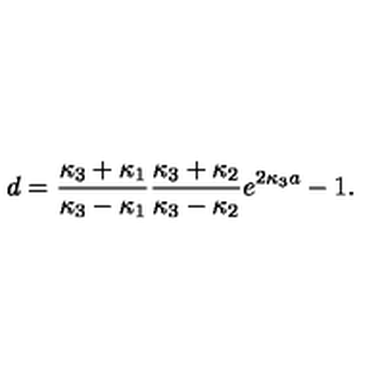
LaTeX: d = { \frac { \kappa _ { 3 } + \kappa _ { 1 } } { \kappa _ { 3 } - \kappa _ { 1 } } } { \frac { \kappa _ { 3 } + \kappa _ { 2 } } { \kappa _ { 3 } - \kappa _ { 2 } } } e ^ { 2 \kappa _ { 3 } a } - 1 .